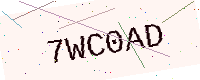
Text: 7WC0AD